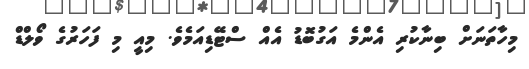
މިހާތަނަށް ބިނާކުރި އެންމެ އަގުބޮޑު އެއް ސްޓޭޑިއަމެވެ. މިއީ މި ފަހަރުގެ ވޯލްޑް